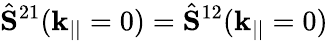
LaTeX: \hat{\mathbf{S}}^{21}({\textbf k}_{||}=0)=\hat{\mathbf{S}}^{12}({\textbf k}_{||}=0)